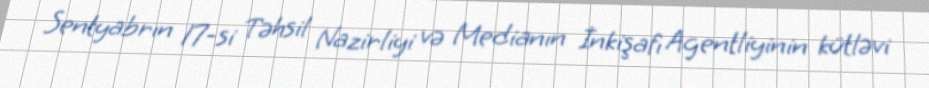
Sentyabrın 17-si Təhsil Nazirliyi və Medianın İnkişafı Agentliyinin kütləvi